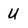
Character: U